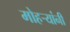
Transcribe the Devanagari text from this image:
मोहऱ्यांनी